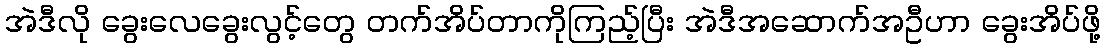
အဲဒီလို ခွေးလေခွေးလွင့်တွေ တက်အိပ်တာကိုကြည့်ပြီး အဲဒီအဆောက်အဦဟာ ခွေးအိပ်ဖို့